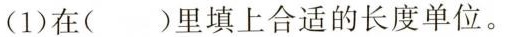
(1)在()里填上合适的长度单位。